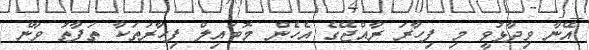
އޭނާ ވިދާޅުވީ މި ފިހާރަ ރާއްޖޭގެ އެހެން މޮބައިލް ފިހާރަތަކާ ތަފާތު ވާނެ